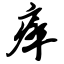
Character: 瘁